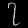
Digit: ၇